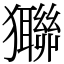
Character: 㺦